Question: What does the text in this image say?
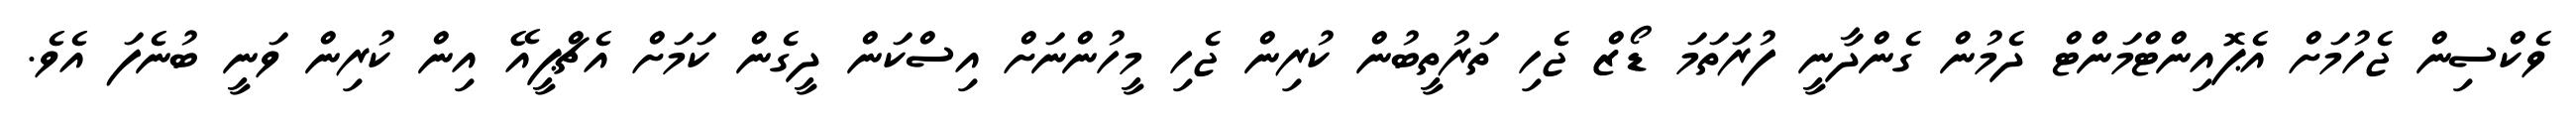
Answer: ވެކްސިން ޖެހުމަށް އެޕޮއިންޓްމަންޓް ދެމުން ގެންދާނީ ފުރަތަމަ ޑޯޒް ޖެހި ތަރުތީބުން ކުރިން ޖެހި މީހުންނަށް އިސްކަން ދީގެން ކަމަށް އެޗްޕީއޭ އިން ކުރިން ވަނީ ބުނެފަ އެވެ.